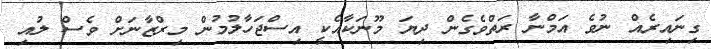
ގިނައިރެއް ނުވެ އަމްނާ ރަތްވެގެން ދިޔަ މޫނަކާއެކީ އިސްޖަހާލުމުން މިރްޒާނަށް ވެސް ލުއި